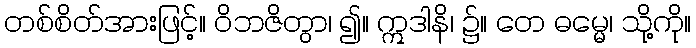
တစ်စိတ်အားဖြင့်။ ဝိဘဇိတွာ၊ ၍။ ဣဒါနိ၊ ၌။ တေ ဓမ္မေ၊ သို့ကို။